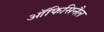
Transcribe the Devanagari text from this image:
ऑफिसिनैल